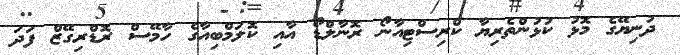
ދުނިޔޭގެ މޮޅު ކުޅުންތެރިޔާ ކްރިސްޓިއާނޯ ރޮނާލްޑޯ އާއި ކޮލަމްބިއާގެ ހާމޭސް ރޮޑްރިގޭޒް ފަދަ